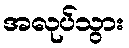
အလုပ်သွား